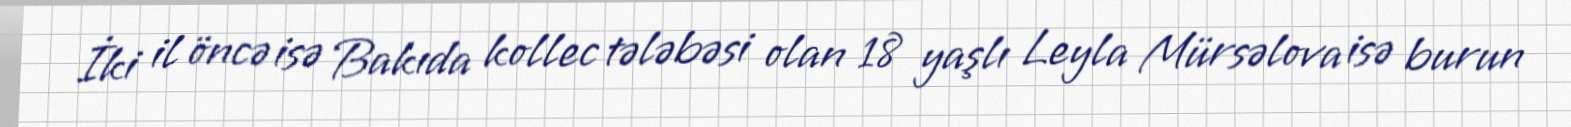
İki il öncə isə Bakıda kollec tələbəsi olan 18 yaşlı Leyla Mürsəlova isə burun